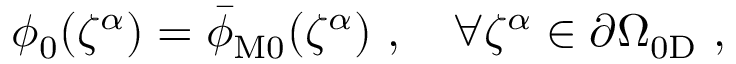
\begin{array} { r } { \phi _ { 0 } \mathopen { } \mathclose \bgroup \left( \zeta ^ { \alpha } \aftergroup \egroup \right) = \bar { \phi } _ { \mathrm { M } 0 } \mathopen { } \mathclose \bgroup \left( \zeta ^ { \alpha } \aftergroup \egroup \right) ~ , \quad \forall \zeta ^ { \alpha } \in \partial \Omega _ { 0 \mathrm { D } } ~ , } \end{array}